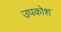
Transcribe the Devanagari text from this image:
उपकोश